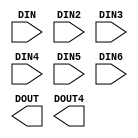
module add_1695(DIN,DIN2,DIN3,DIN4,DIN5,DIN6,DOUT,DOUT4);
   input DIN;
   input [2:0]  DIN2;
   input [2:0]	DIN3;
   input 		DIN5;
   input [2:0] 	DIN6;
	
   
   output DOUT;
   input [2:0] DIN4;
   output DOUT4;   
endmodule // add_1695